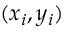
( x _ { i } , y _ { i } )